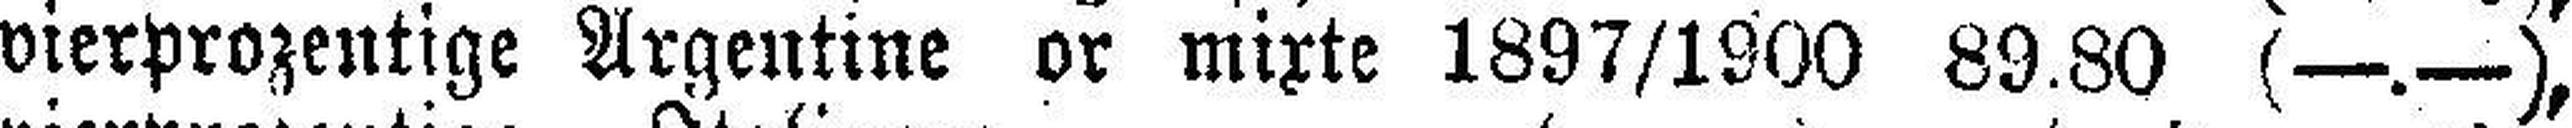
vierprozentige Argentine or mixte 1897/1900 89.80 (—.—),